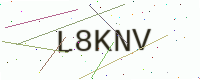
Text: L8KNV